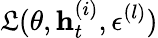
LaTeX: \mathfrak{L}(\theta,\mathbf{{h}}_{t}^{(i)},\epsilon^{(l)})